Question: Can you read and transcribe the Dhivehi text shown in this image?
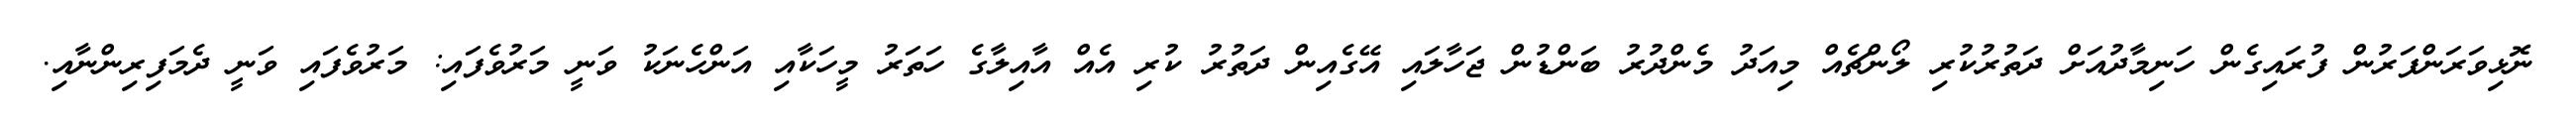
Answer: ނޮޅިވަރަންފަރުން ފުރައިގެން ހަނިމާދުއަށް ދަތުރުކުރި ލޯންޗެއް މިއަދު މެންދުރު ބަންޑުން ޖަހާލައި އޭގެއިން ދަތުރު ކުރި އެއް އާއިލާގެ ހަތަރު މީހަކާއި އަންހެނަކު ވަނީ މަރުވެފައި: މަރުވެފައި ވަނީ ދެމަފިރިންނާއި.